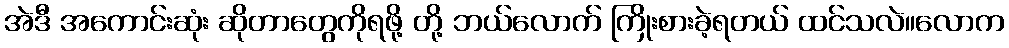
အဲဒီ အကောင်းဆုံး ဆိုတာတွေကိုရဖို့ တို့ ဘယ်လောက် ကြိုးစားခဲ့ရတယ် ထင်သလဲ။လောက